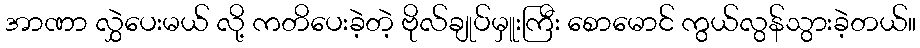
အာဏာ လွှဲပေးမယ် လို့ ကတိပေးခဲ့တဲ့ ဗိုလ်ချုပ်မှူးကြီး စောမောင် ကွယ်လွန်သွားခဲ့တယ်။